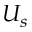
U _ { s }